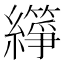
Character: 𬘈